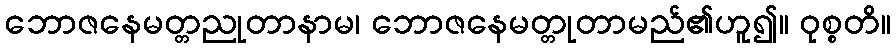
ဘောဇနေမတ္တညုတာနာမ၊ ဘောဇနေမတ္တုတာမည်၏ဟူ၍။ ဝုစ္စတိ။